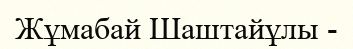
Жұмабай Шаштайұлы -